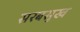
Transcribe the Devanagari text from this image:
सरबसुख